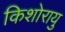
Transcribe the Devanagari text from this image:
किशोरायु